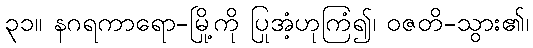
၃၁။ နဂရကာရော-မြို့ကို ပြုအံ့ဟုကြံ၍၊ ဝဇတိ-သွား၏၊